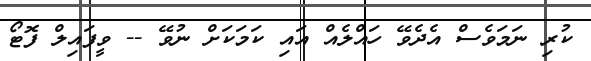
ކުރި ނަމަވެސް އެދެވޭ ހައްލެއް އައި ކަމަކަށް ނުވޭ -- ވީފައިލް ފޮޓޯ